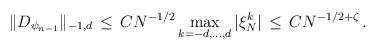
LaTeX: \begin{align*} \Vert D_{\psi_{n-1}}\Vert_{-1,d}\, \leq\, C N^{-1/2}\max_{k=-d,\ldots,d} |\xi_{ N}^k|\, \leq\, C N^{-1/2+\zeta}\, .\end{align*}